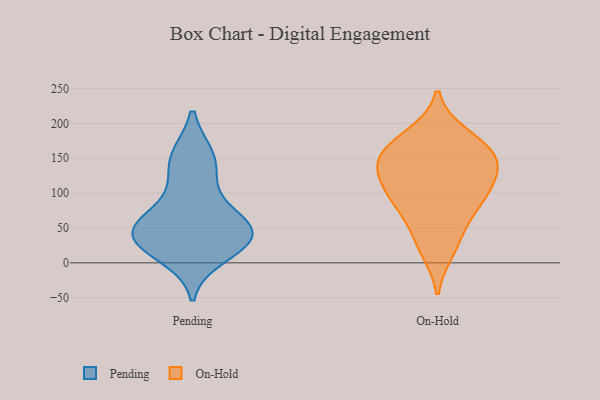
{"axis": {"x": "Customer Acquisition Cost (USD)", "y": "Value"}, "legend": ["On-Hold", "Pending"], "data": [{"x": "", "y": 70, "type": "Pending"}, {"x": "", "y": 152, "type": "Pending"}, {"x": "", "y": 37, "type": "Pending"}, {"x": "", "y": 152, "type": "Pending"}, {"x": "", "y": 37, "type": "Pending"}, {"x": "", "y": 56, "type": "Pending"}, {"x": "", "y": 11, "type": "Pending"}, {"x": "", "y": 116, "type": "Pending"}, {"x": "", "y": 53, "type": "Pending"}, {"x": "", "y": 33, "type": "Pending"}, {"x": "", "y": 32, "type": "Pending"}, {"x": "", "y": 43, "type": "On-Hold"}, {"x": "", "y": 150, "type": "On-Hold"}, {"x": "", "y": 88, "type": "On-Hold"}, {"x": "", "y": 121, "type": "On-Hold"}, {"x": "", "y": 172, "type": "On-Hold"}, {"x": "", "y": 85, "type": "On-Hold"}, {"x": "", "y": 144, "type": "On-Hold"}, {"x": "", "y": 183, "type": "On-Hold"}, {"x": "", "y": 154, "type": "On-Hold"}, {"x": "", "y": 18, "type": "On-Hold"}, {"x": "", "y": 129, "type": "On-Hold"}, {"x": "", "y": 95, "type": "On-Hold"}]}